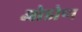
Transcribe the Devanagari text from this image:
ओडोण